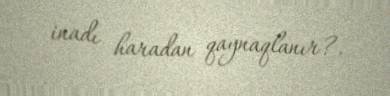
inadı haradan qaynaqlanır?.